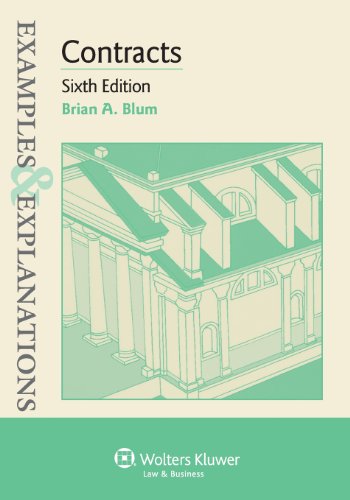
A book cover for Examples & Explanations: Contracts, Sixth Edition; Brian A. Blum; Law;